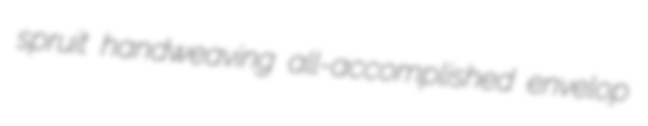
spruit handweaving all-accomplished envelop